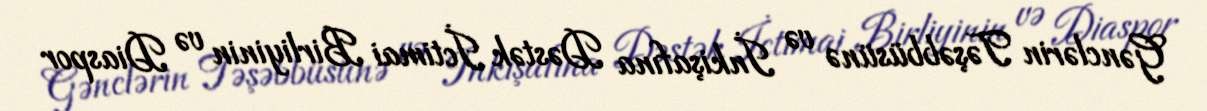
Gənclərin Təşəbbüsünə və İnkişafına Dəstək İctimai Birliyinin və Diaspor